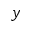
y